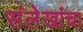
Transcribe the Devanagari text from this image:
संलेखांचा